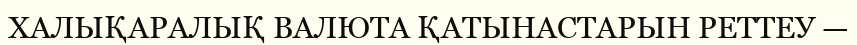
ХАЛЫҚАРАЛЫҚ ВАЛЮТА ҚАТЫНАСТАРЫН РЕТТЕУ —